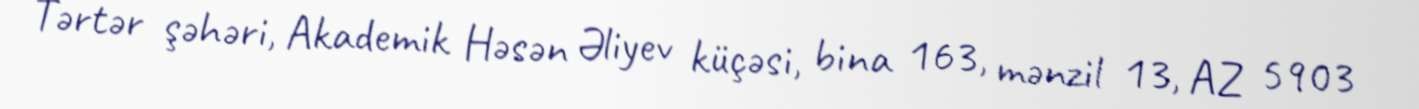
Tərtər şəhəri, Akademik Həsən Əliyev küçəsi, bina 163, mənzil 13, AZ 5903